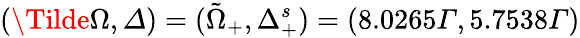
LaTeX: (\Tilde{\Omega},Δ)=(\tilde{\Omega}_{+},\Delta_{+}^{s})=(8.0265Γ,5.7538Γ)